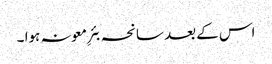
اس کے بعد سانحہ بئرِ معونہ ہوا ۔